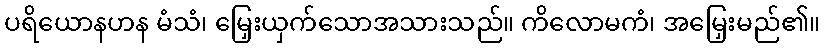
ပရိယောနဟန မံသံ၊ မြှေးယှက်သောအသားသည်။ ကိလောမကံ၊ အမြှေးမည်၏။